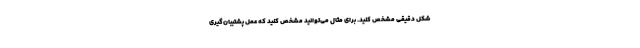
شکل دقیقی مشخص کنید. برای مثال می‌توانید مشخص کنید که عمل پشتیبان‌گیری